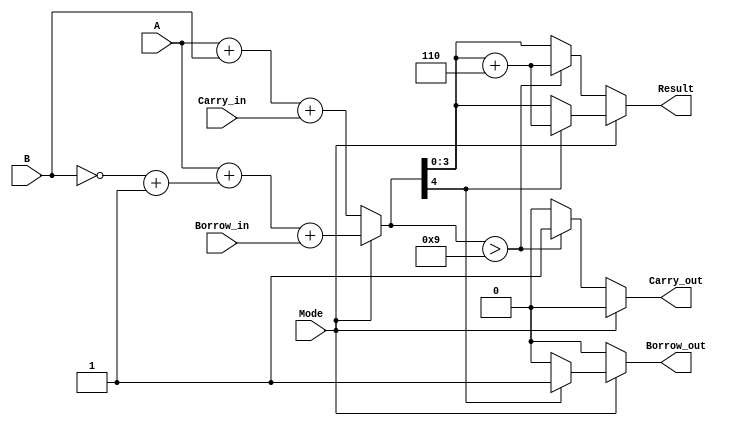
module BCD_Add_Subtracter (
    input [3:0] A,          // First BCD digit
    input [3:0] B,          // Second BCD digit
    input Mode,             // Mode: 0 for addition, 1 for subtraction
    input Carry_in,         // Carry input for addition
    input Borrow_in,        // Borrow input for subtraction
    output reg [3:0] Result, // Resulting BCD digit
    output reg Carry_out,    // Carry output for addition
    output reg Borrow_out     // Borrow output for subtraction
);

    wire [4:0] sum;         // 5-bit sum to accommodate carry
    wire [3:0] B_complement; // Two's complement of B for subtraction
    wire [4:0] adjusted_sum; // For storing adjusted result

    // Two's complement of B
    assign B_complement = { ~B[3:0] + 1'b1 };

    // Calculate sum or difference based on mode
    assign sum = (Mode == 1'b0) ? {1'b0, A} + {1'b0, B} + Carry_in : {1'b0, A} + {1'b0, B_complement} + Borrow_in;

    always @(*) begin
        // Default outputs
        Carry_out = 1'b0;
        Borrow_out = 1'b0;
        Result = 4'b0000;
        
        if (Mode == 1'b0) begin // Addition
            if (sum > 4'b1001) begin // If sum is greater than 9
                Result = sum[3:0] + 4'b0110; // Add 6 to correct BCD
                Carry_out = 1'b1; // Set the carry out
            end else begin
                Result = sum[3:0]; // Valid BCD result
            end
        end else begin // Subtraction
            if (sum[4] == 1'b1) begin // If the result is negative (borrow)
                Result = sum[3:0] + 4'b0110; // Add 6 to adjust
                Borrow_out = 1'b1; // Set borrow out
            end else begin
                Result = sum[3:0]; // Valid BCD result
            end
        end
    end

endmodule